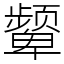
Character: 颦